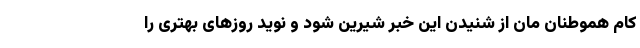
کام هموطنان مان از شنیدن این خبر شیرین شود و نوید روزهای بهتری را